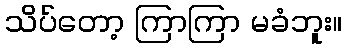
သိပ်တော့ ကြာကြာ မခံဘူး။